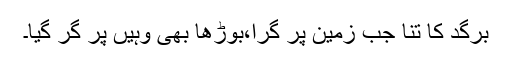
برگد کا تنا جب زمین پر گرا،بوڑھا بھی وہیں پر گر گیا۔